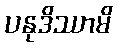
ပနုဒိဿာမိ